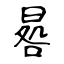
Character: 晷